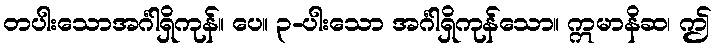
တပါးသောအင်္ဂါရှိကုန်။ ပေ။ ၃-ပါးသော အင်္ဂါရှိကုန်သော။ ဣမာနိဆ၊ ဤ